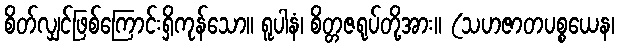
စိတ်လျှင်ဖြစ်ကြောင်းရှိကုန်သော။ ရူပါနံ၊ စိတ္တဇရုပ်တို့အား။ (သဟဇာတပစ္စယေန၊